Indian journal of veterinary science and animal husbandry - Volumes 22-23, 1952-1953
Year: 1952
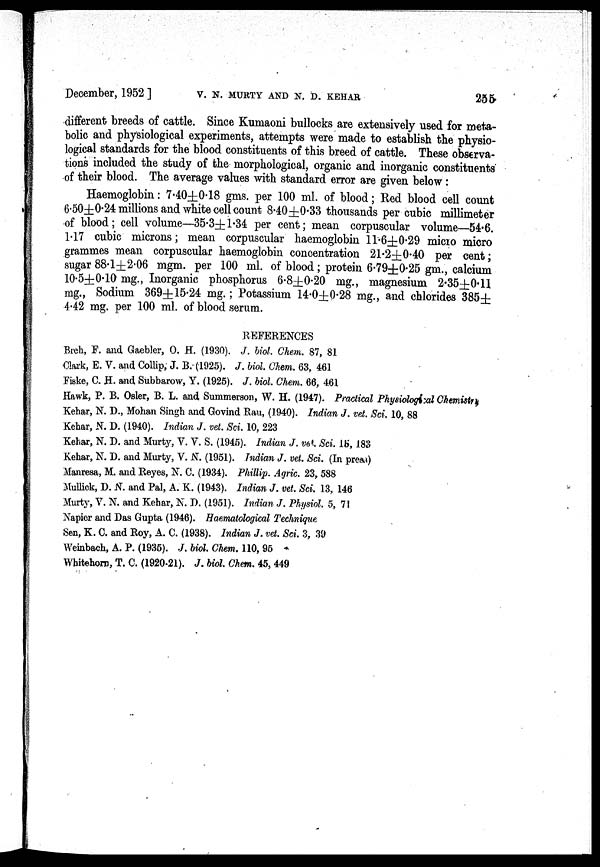
December, 1952] V. N. MURTY AND N. D. KEHAR 256
different breeds of cattle. Since Kumaoni bullocks are extensively used for meta-
bolic and physiological experiments, attempts were made to establish the physio-
logical standards for the blood constituents of this breed of cattle. These observa-
tions included the study of the morphological, organic and inorganic constituents
of their blood. The average values with standard error are given below :
Haemoglobin: 7.40±0.18 gms. per 100 ml. of blood; Red blood cell count
6.50±0.24 millions and white cell count 8.40±0.33 thousands per cubic millimeter
of blood; cell volume—35.3± 1.34 per cent; mean corpuscular volume—54.6.
1.17 cubic microns; mean corpuscular haemoglobin 11.6±0.29 micio micro
grammes mean corpuscular haemoglobin concentration 21.2±0.40 per cent;
sugar 88.l±2.06 mgm. per 100 ml. of blood; protein 6.79±0.25 gm., calcium
10.5±0.10 mg., Inorganic phosphorus 6.8±0.20 mg., magnesium 2.35±0.11
mg., Sodium 369± 15.24 mg.; Potassium 14.0±0.28 mg., and chlorides 385±
4.42 mg. per 100 ml. of blood serum.
REFERENCES
Breh, F. and Gaebler, O. H. (1930). J. biol. Glum. 87, 81
Clark, E. V. and Collip, J. B.(1925). J. biol. Chem. 63, 461
Fiske, C. H. and Subbarow, Y. (1925). J. biol. Chem. 66, 461
Hawk, P. B. Osler, B. L. and Summerson, W. H. (1947). Practical Physiological Chemistry
Kehar, N. D., Mohan Singh and Govind Rau, (1940). Indian J. vet. Sci. 10, 88
Kehar, N. D. (1940). Indian J. vet. Sci. 10, 223
Kehar, N. D. and Murty, V. V. S. (1945). Indian J. vet. Sci. 15, 183
Kehar, N. D. and Murty, V. N. (1951). Indian J. vet. Sci. (In press)
Manresa, M. and Reyes, N. C. (1934). Phillip. Agric. 23, 588
Mullick, D. N. and Pal, A. K. (1943). Indian J. vet. Sci. 13, 146
Murty, V. N. and Kehar, N. D. (1951). Indian J. Physiol. 5, 71
Napier and Das Gupta (1946). Haematological Technique
Sen, K. C. and Roy, A. C. (1938). Indian J. vet. Sci. 3, 39
Weinbach, A. P. (1935). J. biol. Chem. 110, 95
Whitehorn, T. C. (1920-21). J. biol. Chem. 45, 449